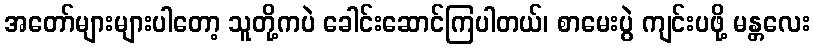
အတော်များများပါတော့ သူတို့ကပဲ ခေါင်းဆောင်ကြပါတယ်၊ စာမေးပွဲ ကျင်းပဖို့ မန္တလေး